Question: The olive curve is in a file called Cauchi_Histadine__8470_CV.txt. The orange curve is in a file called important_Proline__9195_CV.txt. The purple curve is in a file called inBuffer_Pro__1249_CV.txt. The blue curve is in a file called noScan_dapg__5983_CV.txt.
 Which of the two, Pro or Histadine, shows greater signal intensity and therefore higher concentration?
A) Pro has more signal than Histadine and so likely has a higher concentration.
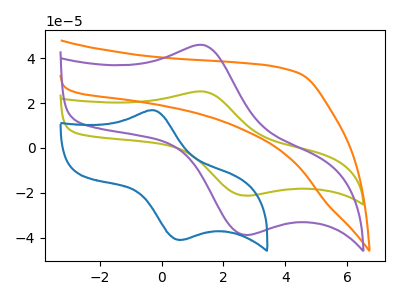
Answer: <think>The olive curve "Histadine" has an anodic peak at (1.40V, 25.15uA) and a cathodic peak at (2.75V, -21.30uA). The orange curve "Proline" has no peaks. The purple curve "Pro" has an anodic peak at (1.40V, 45.85uA) and a cathodic peak at (2.75V, -38.85uA). The blue curve "dapg" has an anodic peak at (-0.25V, 16.80uA) and a cathodic peak at (0.65V, -41.00uA).
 All the peaks in "Pro" have a peak in "Histadine" at the same potential. Every peak in "Pro" is higher than every peak in "Histadine".</think>
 <answer>A) "Pro" has more signal than "Histadine" and so likely has a higher concentration.</answer>
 <eval>A</eval>